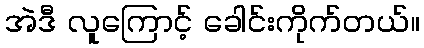
အဲဒီ လူကြောင့် ခေါင်းကိုက်တယ်။